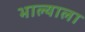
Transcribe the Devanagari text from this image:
भाल्याला